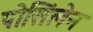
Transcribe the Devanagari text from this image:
पोसिंलेन